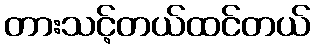
တားသင့်တယ်ထင်တယ်